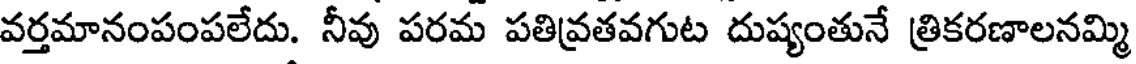
వర్తమానంపంపలేదు. నీవు పరమ పతివ్రతవగుట దుష్యంతునే త్రికరణాలనమ్మి